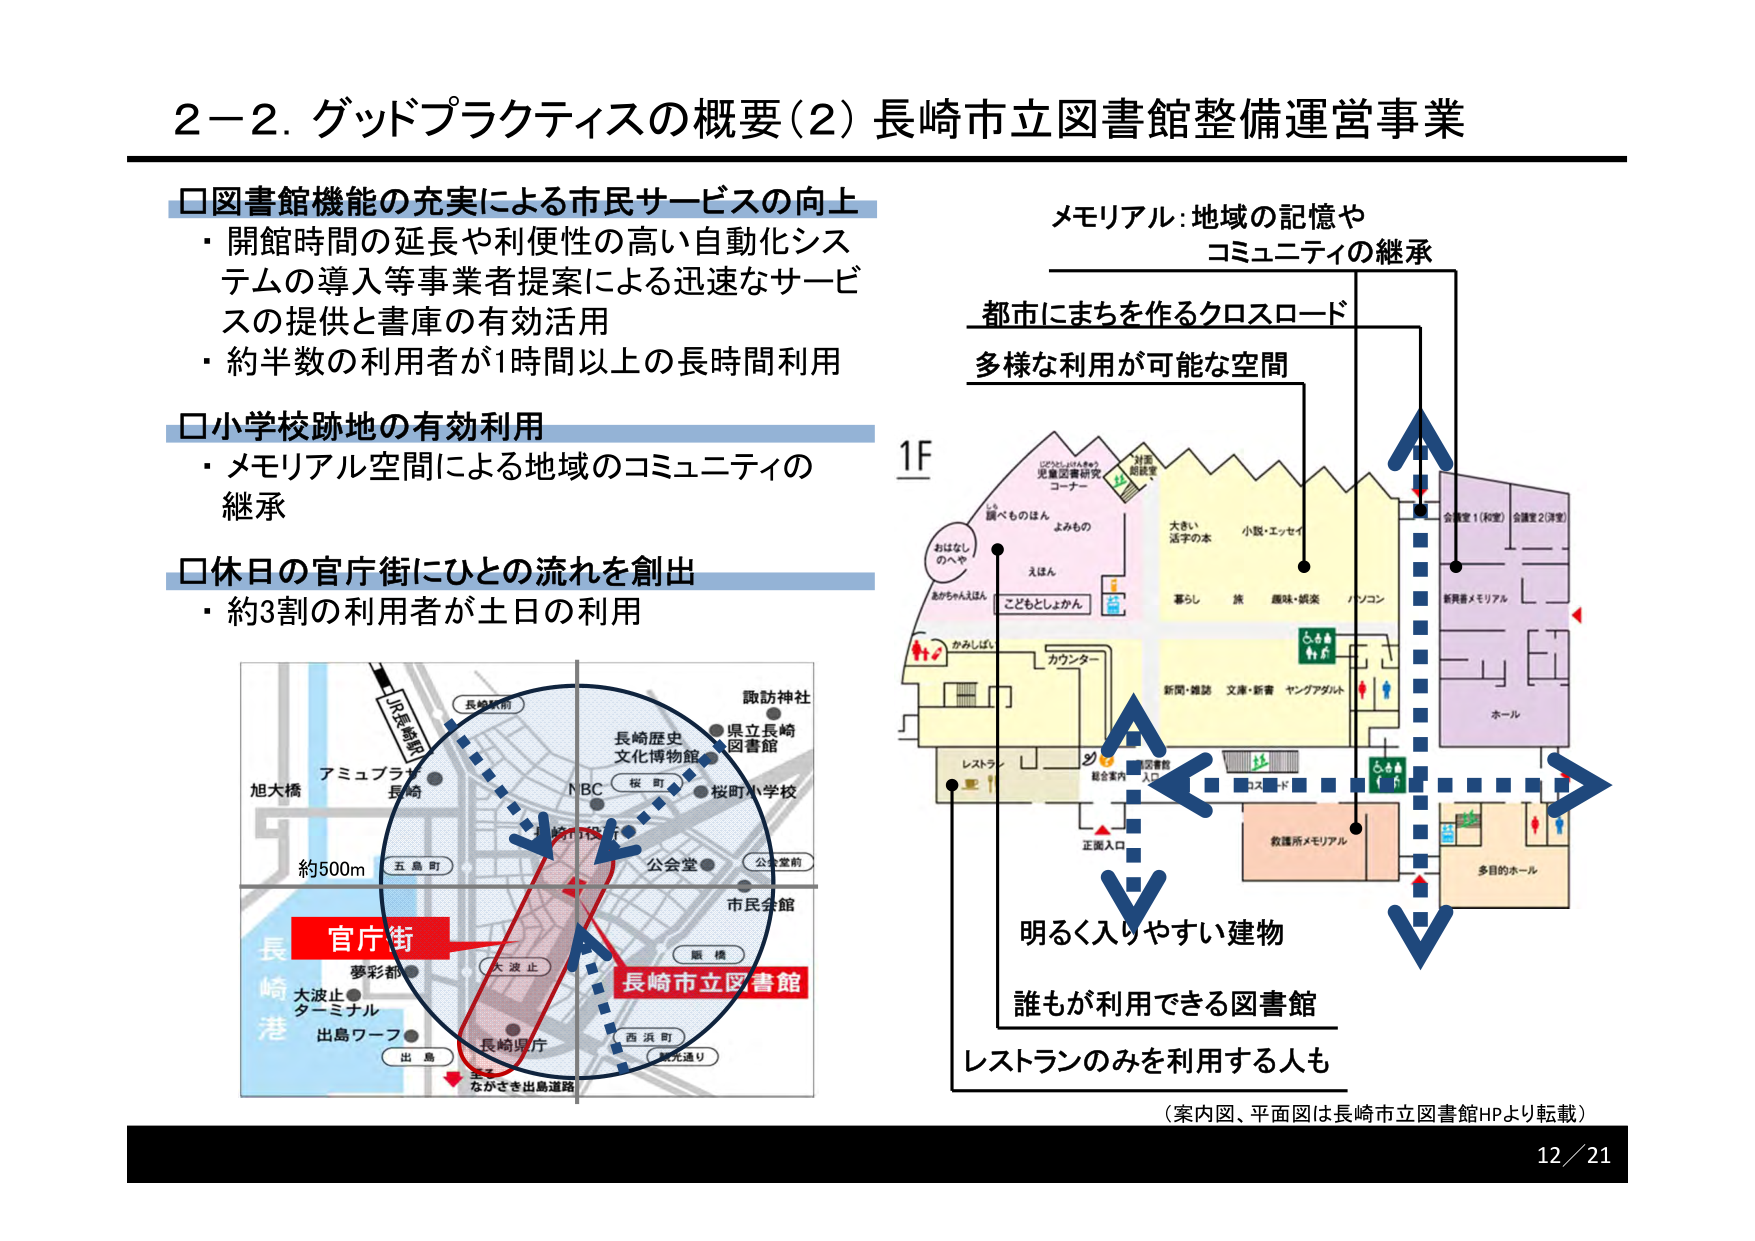
2－2. グッドプラクティスの概要（2）長崎市立図書館整備運営事業

□図書館機能の充実による市民サービスの向上
・開館時間の延長や利便性の高い自動化システムの導入等事業者提案による迅速なサービスの提供と書庫の有効活用
・約半数の利用者が1時間以上の長時間利用

□小学校跡地の有効利用
・メモリアル空間による地域のコミュニティの継承

□休日の官庁街にひとの流れを創出
・約3割の利用者が土日の利用

（地図内）
JR長崎駅
長崎駅前
アミュプラザ長崎
旭大橋
五島町
長崎歴史文化博物館
NBC
桜町
桜町小学校
諏訪神社
県立長崎図書館
公会堂
公会堂前
市民会館
原橋
夢彩都
大波止
ターミナル
出島ワーフ
出島
ながさき出島道路
長崎港
長崎県庁
西浜町
観光通り
約500m
官庁街
長崎市立図書館

（1F平面図）
1F
読みものほん
よみもの
えほん
こどもとしょかん
おはなしのへや
あかちゃんえほん
かみしばい
カウンター
児童図書研究コーナー
対面閲覧室
大きい活字の本
小説・エッセイ
暮らし
旅
趣味・娯楽
パソコン
新聞・雑誌
文庫・新書
ヤングアダルト
レストラン
総合案内
入
正面入口
コスド
救護所メモリアル
多目的ホール
ホール
新興番メモリアル
会議室1（和室） 会議室2（洋室）
メモリアル：地域の記憶や
コミュニティの継承
都市にまちを作るクロスロード
多様な利用が可能な空間
明るく入りやすい建物
誰もが利用できる図書館
レストランのみを利用する人も
（案内図、平面図は長崎市立図書館HPより転載）
12／21